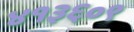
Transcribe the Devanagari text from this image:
४१३६०९